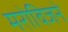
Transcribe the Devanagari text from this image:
मरोविजने